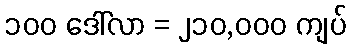
၁၀၀ ဒေါ်လာ = ၂၁၀,၀၀၀ ကျပ်